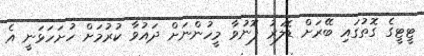
ޓީޓީގެ ގޮތުގައި ބޭރަށް ޑޮލަރު ފޮނުވާ މީހުންނަށް ދައުވާ ކުރުމަށް ހުށަހަޅަނީ އެ